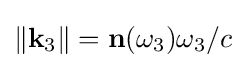
\|\mathbf {k} _{3}\|=\mathbf {n} (\omega _{3})\omega _{3}/c